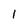
Character: 1